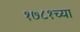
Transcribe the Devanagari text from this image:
१७८१च्या